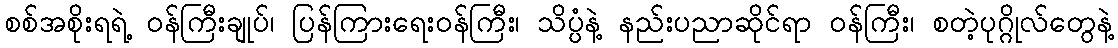
စစ်အစိုးရရဲ့ ဝန်ကြီးချုပ်၊ ပြန်ကြားရေးဝန်ကြီး၊ သိပ္ပံနဲ့ နည်းပညာဆိုင်ရာ ဝန်ကြီး၊ စတဲ့ပုဂ္ဂိုလ်တွေနဲ့